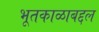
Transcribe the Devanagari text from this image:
भूतकाळाबद्दल